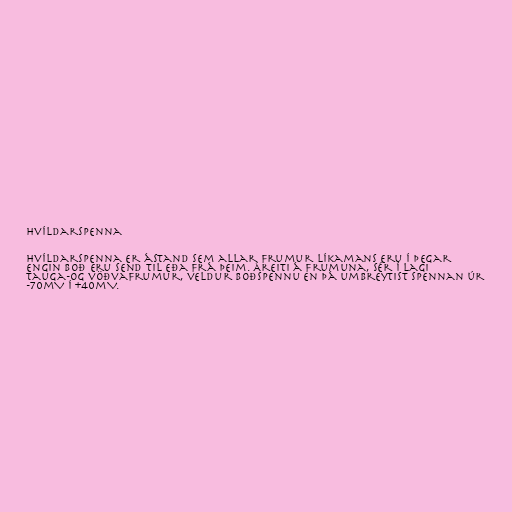
Hvíldarspenna

Hvíldarspenna er ástand sem allar frumur líkamans eru í þegar
engin boð eru send til eða frá þeim. Áreiti á frumuna, sér í lagi
tauga-og vöðvafrumur, veldur boðspennu en þá umbreytist spennan úr
-70mV í +40mV.